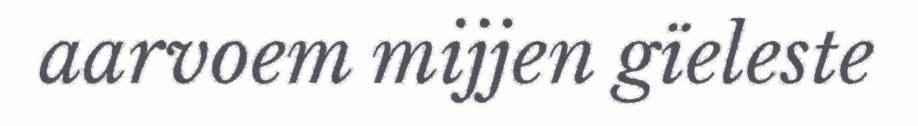
aarvoem mijjen gïeleste